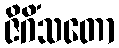
ဇိဂိံသတော